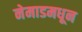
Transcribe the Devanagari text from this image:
नेमाडमधून